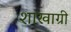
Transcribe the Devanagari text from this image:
शाखाग्री